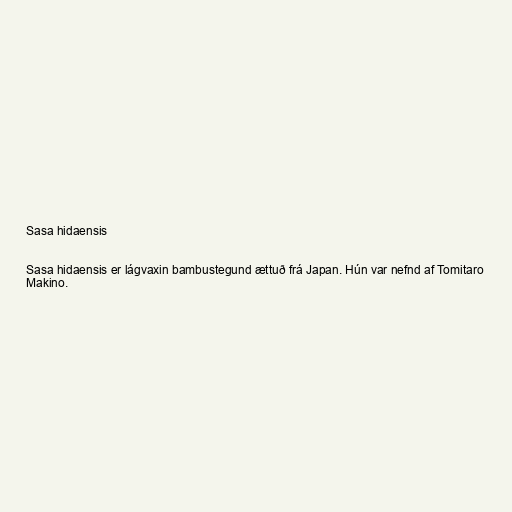
Sasa hidaensis

Sasa hidaensis er lágvaxin bambustegund ættuð frá Japan. Hún var nefnd af Tomitaro
Makino.